Civil Veterinary Department Bihar reports 1940-50 - 1940-1950
Year: 1940
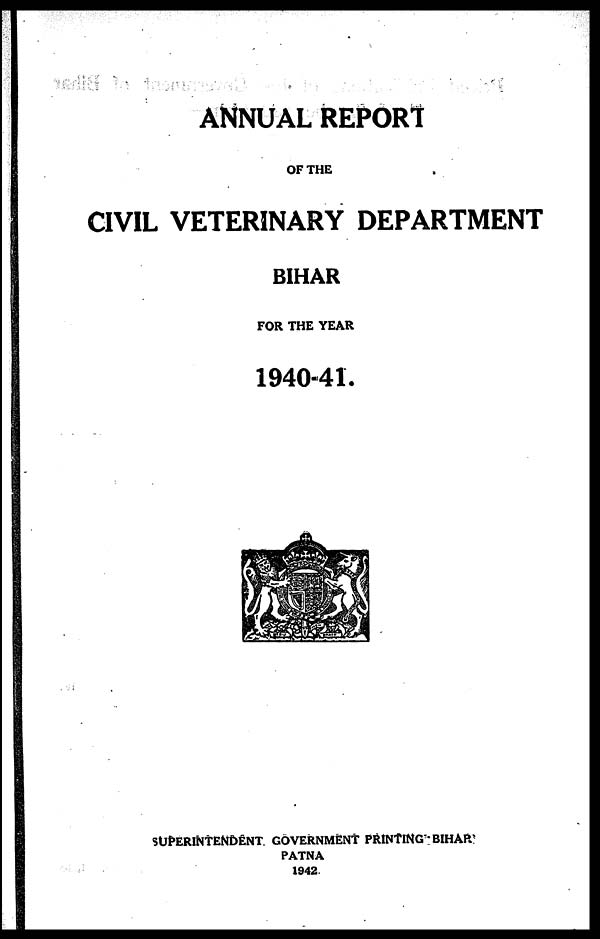
ANNUAL REPORT
OF THE
CIVIL VETERINARY DEPARTMENT
BIHAR
FOR THE YEAR
1940-41.
SUPERINTENDENT GOVERNMENT PRINTING BIHAR
PATNA
1942.